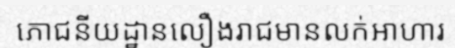
ភោជនីយដ្ឋានលឿងរាជមានលក់អាហារ